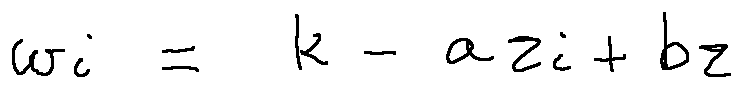
w _ { i } = k - a z _ { i } + b z